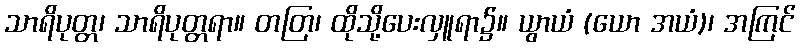
သာရိပုတ္တ၊ သာရိပုတ္တရာ။ တတြ၊ ထိုသို့ပေးလှူရာ၌။ ယွာယံ (ယော အယံ)၊ အကြင်